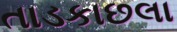
તાડકાછલા